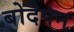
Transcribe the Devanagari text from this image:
बोदेपन